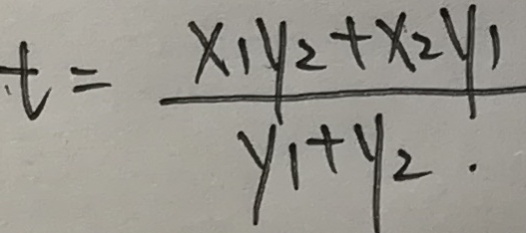
t = \frac { x _ { 1 } y _ { 2 } + x _ { 2 } y _ { 1 } } { y _ { 1 } + y _ { 2 } . }